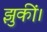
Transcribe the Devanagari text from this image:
झुकीं।